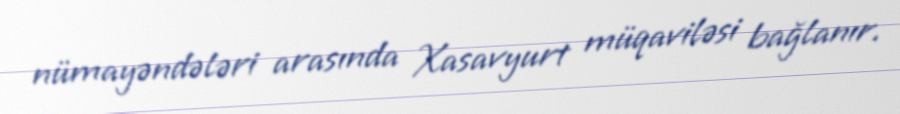
nümayəndələri arasında Xasavyurt müqaviləsi bağlanır.